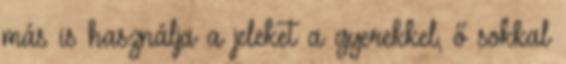
más is használja a jeleket a gyerekkel, ő sokkal